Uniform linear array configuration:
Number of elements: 64
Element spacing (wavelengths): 0.25
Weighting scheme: binomial
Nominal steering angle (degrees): -45
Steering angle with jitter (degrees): -46.758
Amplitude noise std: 0.05
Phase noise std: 0.05

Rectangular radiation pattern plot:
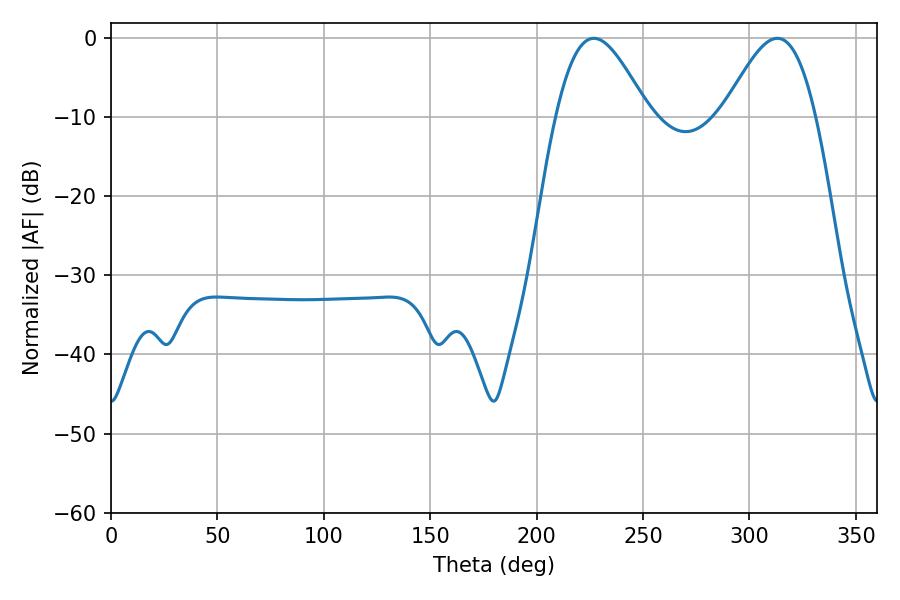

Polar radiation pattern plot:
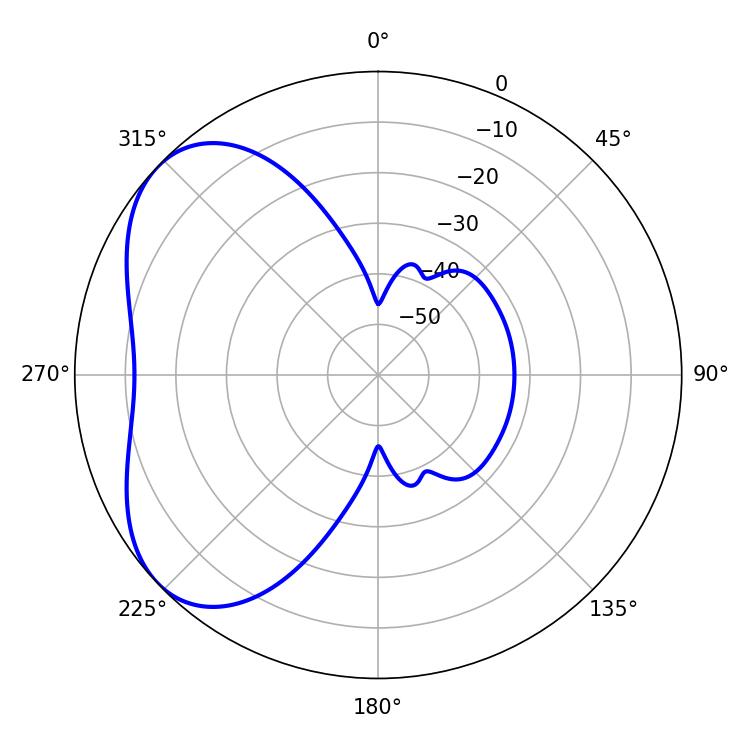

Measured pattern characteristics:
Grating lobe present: FALSE
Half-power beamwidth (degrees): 23.22
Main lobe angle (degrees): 226.8